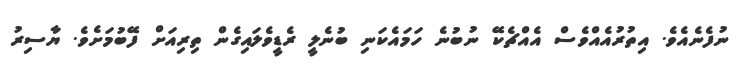
ނުފެނެއެވެ. އިތުރުއެއްވެސް އެއްޗެކޭ ނުބުނެ ހަމައެކަނި ބުނެލީ ރެޑީވެލައިގެން ތިރިއަށް ފޭބުމަށެވެ. ޔާސިރު